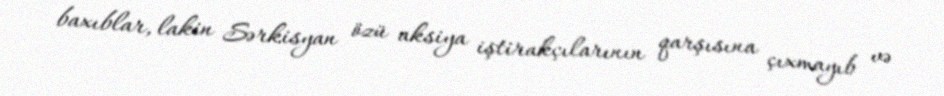
baxıblar, lakin Sərkisyan özü aksiya iştirakçılarının qarşısına çıxmayıb və